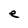
Character: e